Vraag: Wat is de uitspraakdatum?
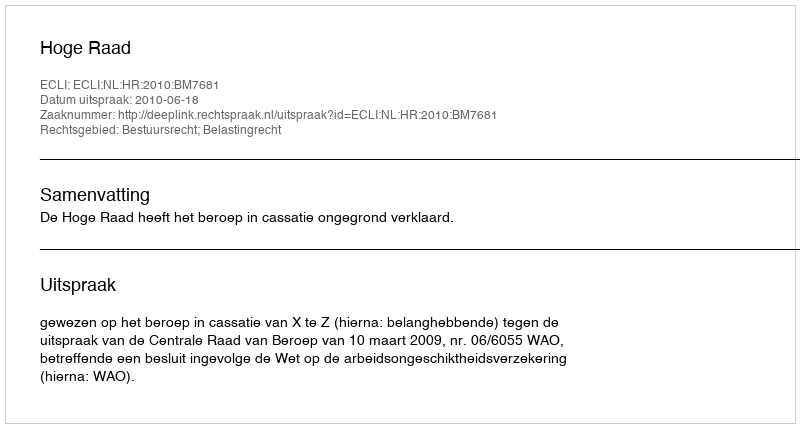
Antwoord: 2010-06-18